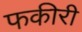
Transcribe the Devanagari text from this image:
फकीरी